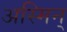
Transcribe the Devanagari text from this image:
अस्मिन्‌